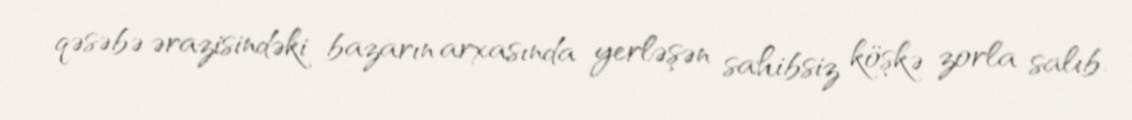
qəsəbə ərazisindəki bazarın arxasında yerləşən sahibsiz köşkə zorla salıb.